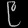
Digit: ၉